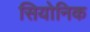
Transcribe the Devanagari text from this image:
सियोनिक